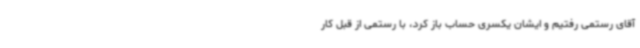
آقای رستمی رفتیم و ایشان یکسری حساب باز کرد، با رستمی از قبل کار